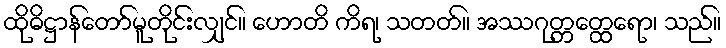
ထိုဓိဋ္ဌာန်တော်မူတိုင်းလျှင်။ ဟောတိ ကိရ၊ သတတ်။ အဿဂုတ္တတ္ထေရော၊ သည်။